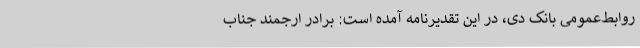
روابط‌عمومی بانک دی، در این تقدیرنامه آمده است: برادر ارجمند جناب